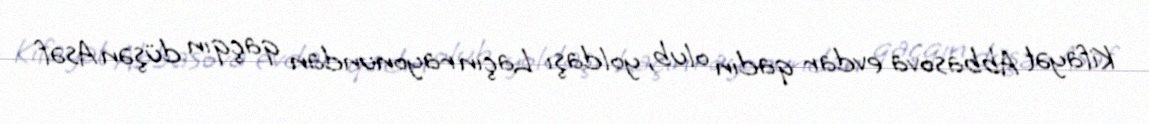
Kifayət Abbasova evdar qadın olub, yoldaşı Laçın rayonundan qaçqın düşən Asəf